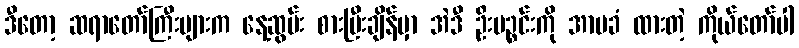
ဒီတော့ ဆရာတော်ကြီးများက နေ့ဆွမ်း စားပြီးချိန်မှာ အဲဒီ ဦးပဉ္စင်းကို အာမခံ ထားတဲ့ ကိုယ်တော်ပါ